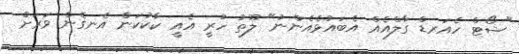
"ޝޯޓް ހެއަރޑް ގާލްއެއް އެބައުޅެއެންނު" ލޫތު ހުރީ އެއީ ކާކުކަން އެނގެން ވަރަށް